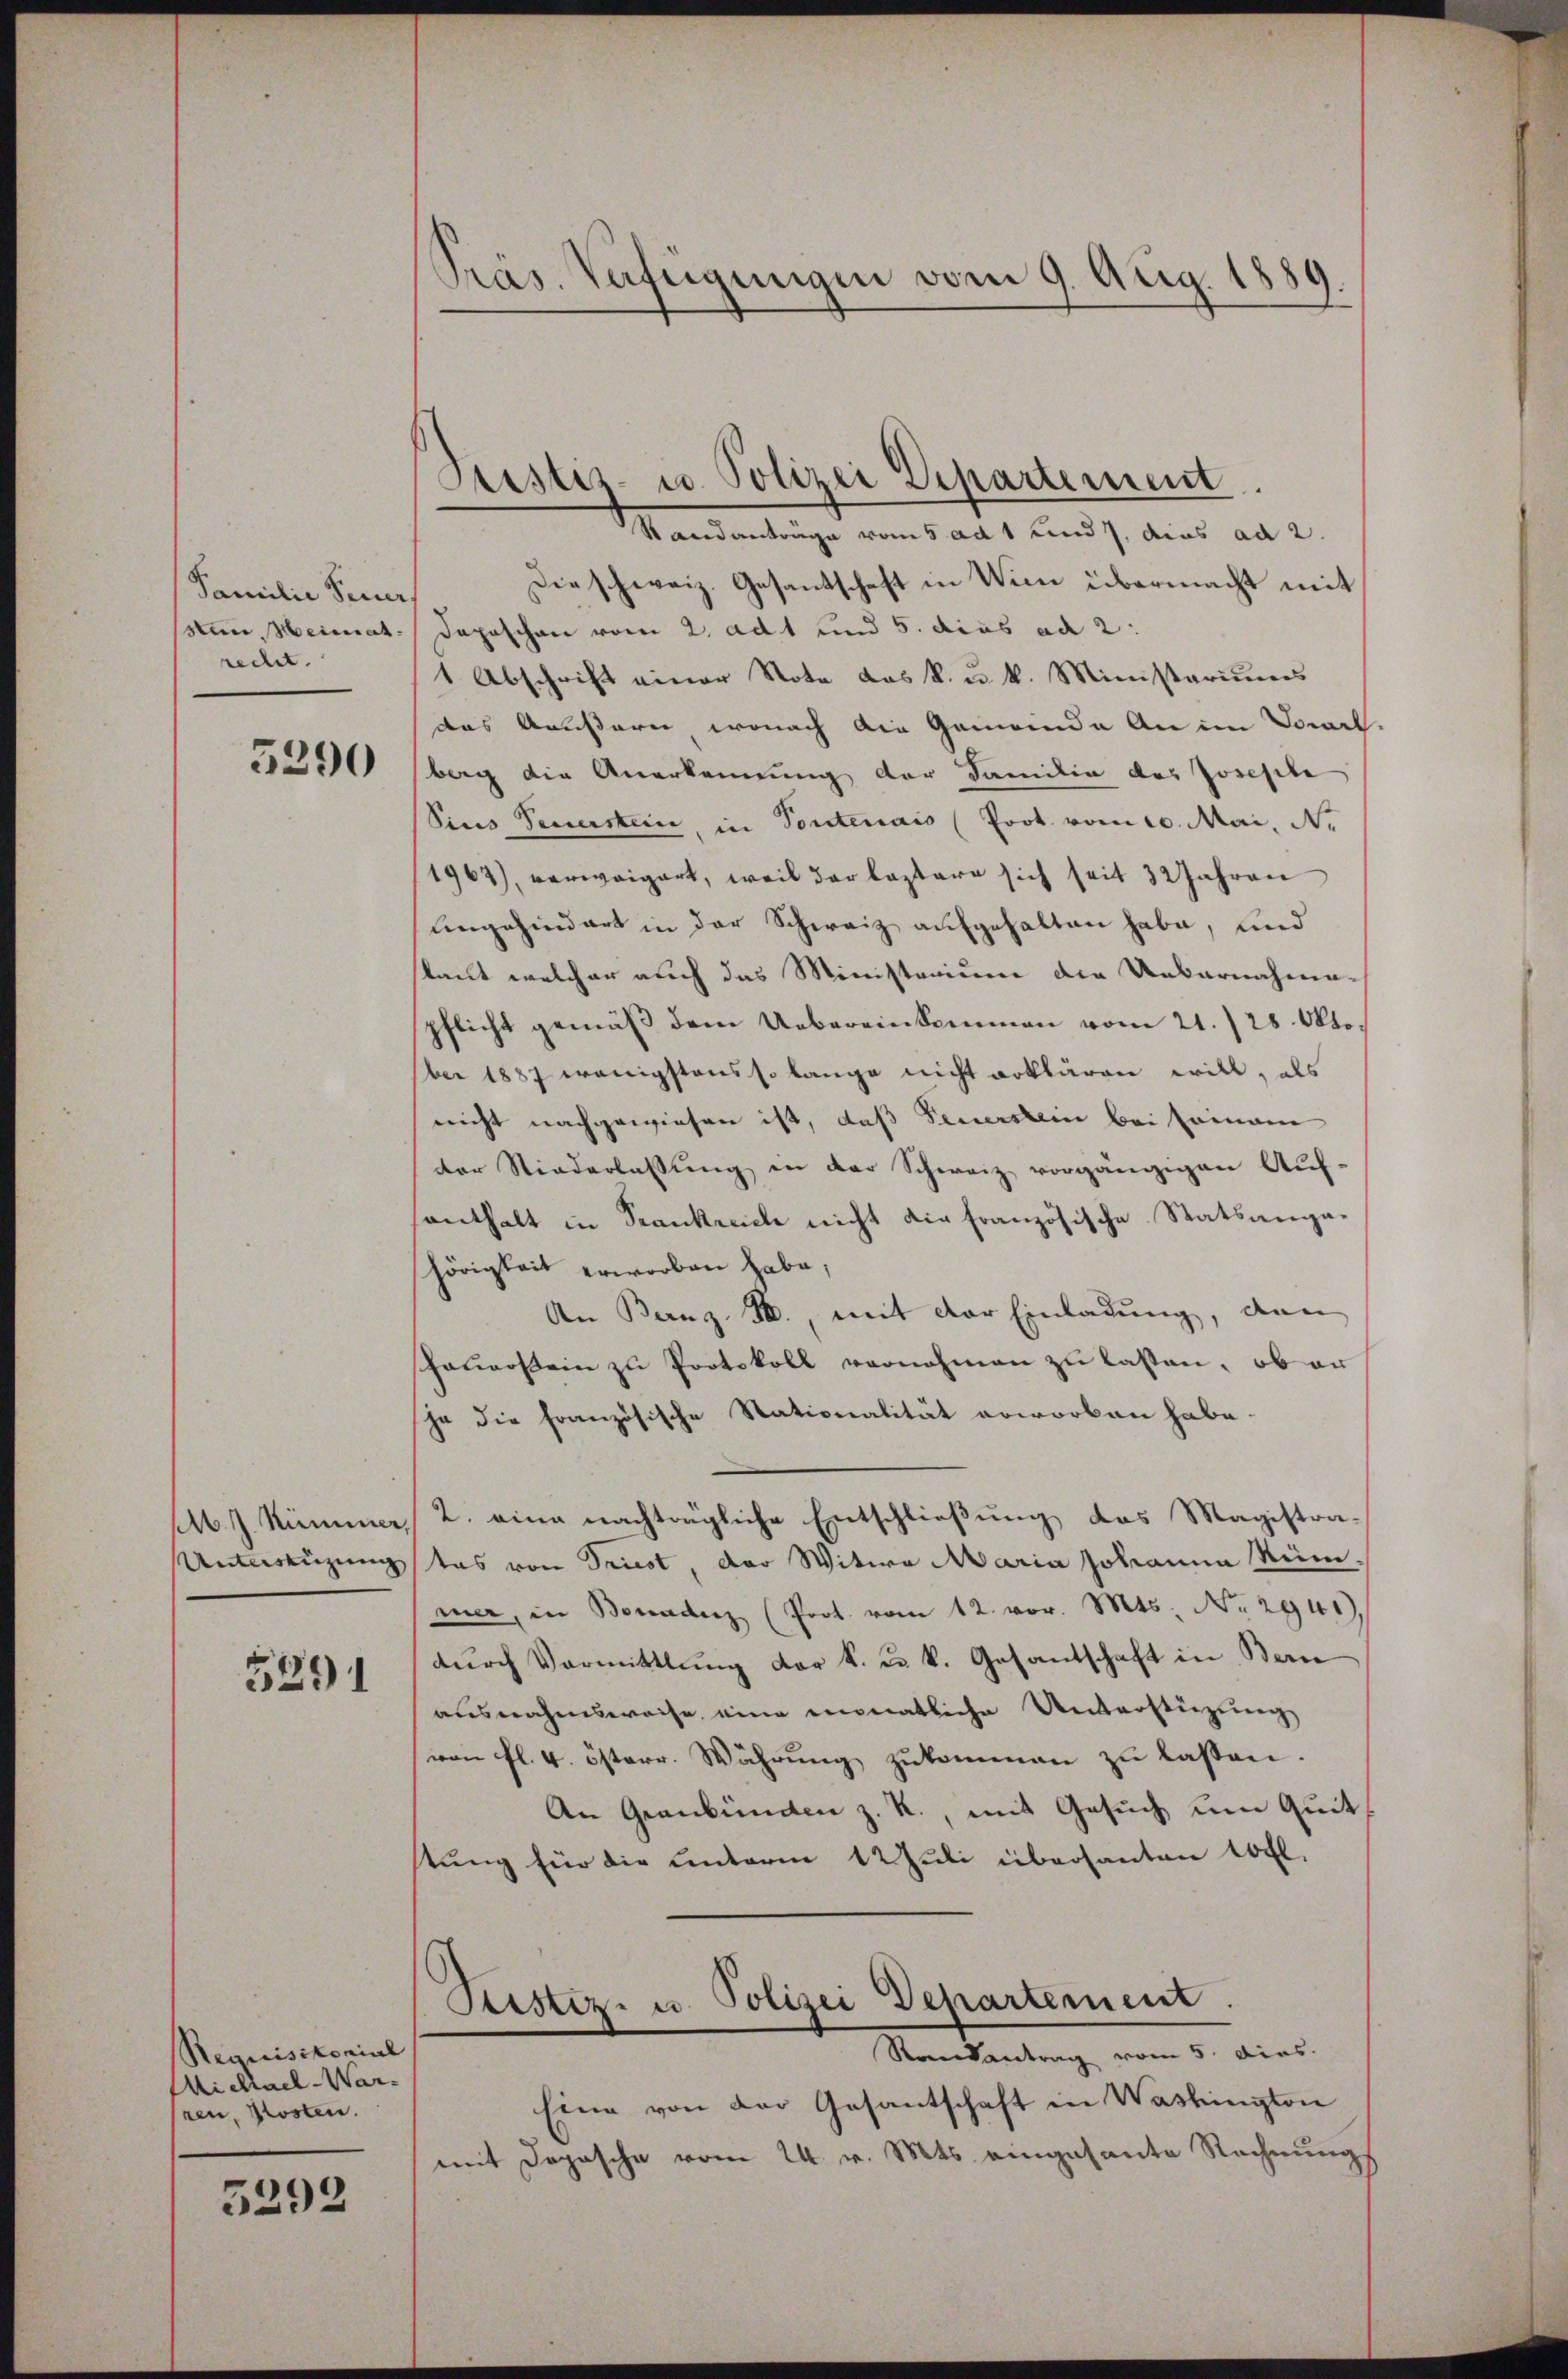
Familie Feuer
stein, Heimat:
recht.

5290

M. h. Nummer,
Unterstüzung

5291

Requisitonial
Michael-War-
ren, Kosten.

5292

Präs. Verfügungen vom 9. Aug. 1889.

Sistiz- u. Polizei Departement
Standanträge vom 5 ad 1 und 7, dies ad 2.

Die schweiz. Gesantschaft in Wien übermacht mit
dapeschen vom 2. ad 1 und 5. dies ad 2:
1 Abschrift einer Note das k. u. k. Ministeriums
das Aeussern, wonach die Gemeinde an im Socrl.
berg die Anerkennung der Familie des Josephe
Sins Feuerstein, in Pontenais (Prot. vom 10. Mai, N.
1967), verweigert, weil der leztere sich seit 32 Jahren
Angehindert in der Schweiz aufgehalten habe, und
staut welcher auch das Ministerium die Uebernahme-
pflicht gemäß dem Uebereinkommen vom 21./25. Okto
ber 1887 wenigstens so lange nicht erklären will, als
nicht nachgewiesen ist, daß Feuerstein bei Erinne
der Niederlassŭng in der Schweiz vorgängigen Auf-
santhalt in Krankreich nicht die französische Statsangahörigkeit erworben habe;
An Bernz. B., mit der Einladung, den
schauerstein zu Protokoll vornehmen zu lassen, ob er
ha die französische Stationalität erworben habe.
2. eine nachträgliche Entschließung das Magistra-
tas von Triest, der Witwe Maria Johanna Rüm
mer, in Bonadenz (Prot. vom 12. vor. Mts. No 2941),
dŭrch Vormittlung der k. u. k. Gesantschaft in Bern
ausnahmsweise eine monatliche Unterstüzung
von fl. 4. österr. Währŭng zŭkommen zŭ lassen.
An Graubünden z. R., mit Gesuch um Quit
tung für die unterm 12 Juli übersanten 10 fl.
Ptistiz- u. Polizei Departement.
Rendantrag vom 5. dies.
Eine von der Gesantschaft in Washington
mit Depesche vom 24. v. Mts. eingesante Rechnungs